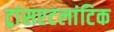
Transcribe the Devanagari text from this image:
ट्रांसएटलांटिक